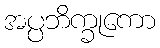
အပ္ပဘိက္ခုကော